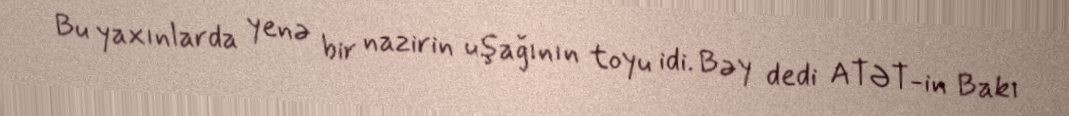
Bu yaxınlarda yenə bir nazirin uşağının toyu idi. Bəy dedi ATƏT-in Bakı